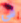
في